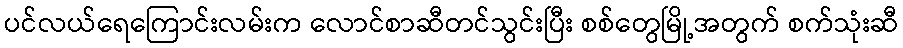
ပင်လယ်ရေကြောင်းလမ်းက လောင်စာဆီတင်သွင်းပြီး စစ်တွေမြို့အတွက် စက်သုံးဆီ